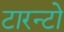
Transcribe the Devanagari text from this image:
टारन्टो